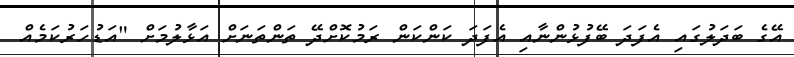
އޭގެ ބަދަލުގައި އެފަދަ ބޭފުޅުންނާއި އެފަދަ ކަންކަން ރަމުކޮށްދޭ ތަންތަނަށް އަޅާލުމަށް "އަޑުހަރުކަމެއް